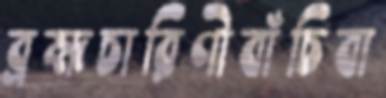
ব্রহ্মচারিণীবাঁচিবা